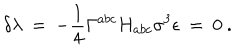
\delta \lambda \: = \: - \frac { 1 } { 4 } \Gamma ^ { a b c } H _ { a b c } \sigma ^ { 3 } \epsilon \: = \: 0 \ .